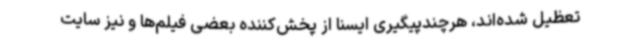
تعظیل شده‌اند، هرچندپیگیری ایسنا از پخش‌کننده بعضی فیلم‌ها و نیز سایت